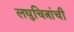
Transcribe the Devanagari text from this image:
लघुचित्रांची